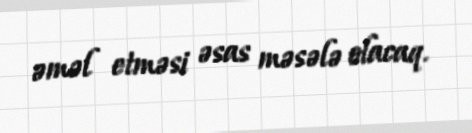
əməl etməsi əsas məsələ olacaq.